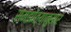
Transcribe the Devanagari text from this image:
संमझोत्यानुसार